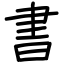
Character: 書